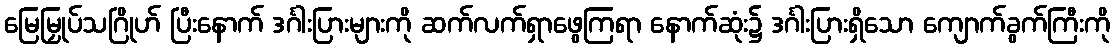
မြေမြှုပ်သဂြိုဟ် ပြီးနောက် ဒင်္ဂါးပြားများကို ဆက်လက်ရှာဖွေကြရာ နောက်ဆုံး၌ ဒင်္ဂါးပြားရှိသော ကျောက်ခွက်ကြီးကို